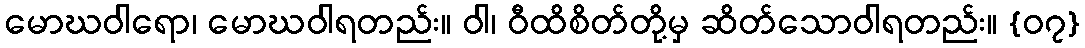
မောဃဝါရော၊ မောဃဝါရတည်း။ ဝါ၊ ဝီထိစိတ်တို့မှ ဆိတ်သောဝါရတည်း။ {၀၇}